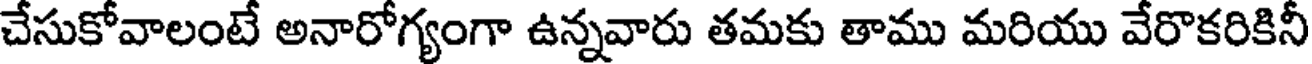
చేసుకోవాలంటే అనారోగ్యంగా ఉన్నవారు తమకు తాము మరియు వేరొకరికినీ